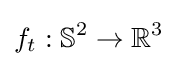
f_{t}:\mathbb {S} ^{2}\to \mathbb {R} ^{3}